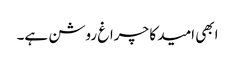
ابھی امید کا چراغ روشن ہے۔